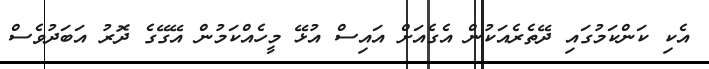
އެކި ކަންކަމުގައި ދޭތެރެއަކުން އެގެއަށް އައިސް އުޅޭ މީހެއްކަމުން އޭގޭގެ ދޮރު އަބަދުވެސް